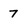
Character: 7